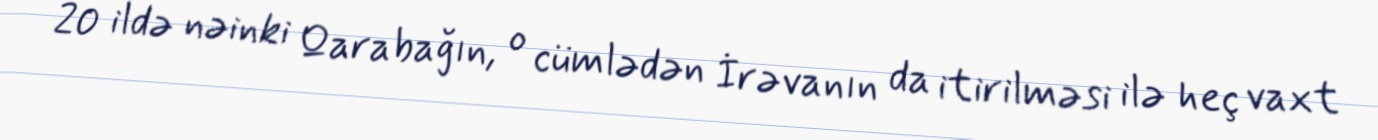
20 ildə nəinki Qarabağın, o cümlədən İrəvanın da itirilməsi ilə heç vaxt